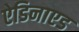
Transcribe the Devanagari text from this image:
ऐडिनाएड